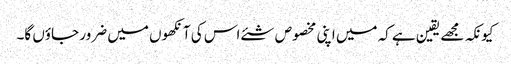
کیونکہ مجھے یقین ہے کہ میں اپنی مخصوص شئے اس کی آنکھوں میں ضرور جاؤں گا۔